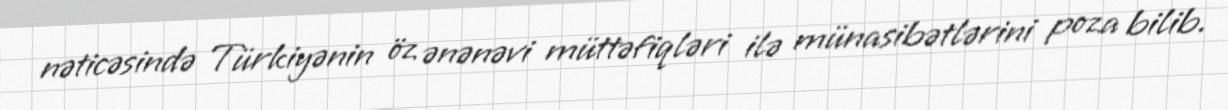
nəticəsində Türkiyənin öz ənənəvi müttəfiqləri ilə münasibətlərini poza bilib.